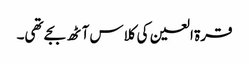
قرۃ العین کی کلاس آٹھ بجے تھی۔